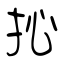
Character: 抋